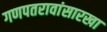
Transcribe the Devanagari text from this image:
गणपतरावांसारखा